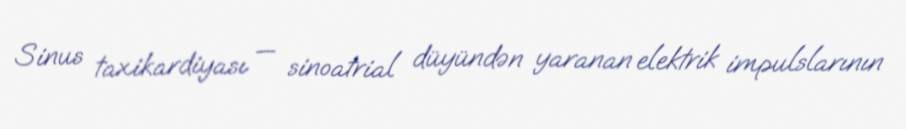
Sinus taxikardiyası — sinoatrial düyündən yaranan elektrik impulslarının